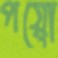
পয়ো